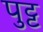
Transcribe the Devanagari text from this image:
पुट्ट